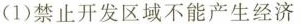
(1)禁止开发区域不能产生经济